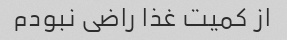
از کمیت غذا راضی نبودم